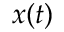
x ( t )